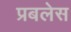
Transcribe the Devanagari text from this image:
प्रबलेस